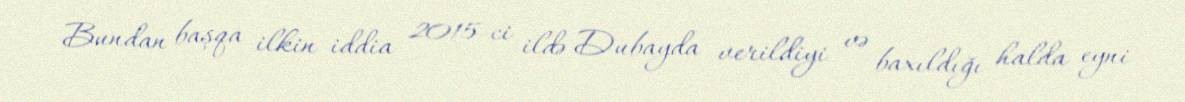
Bundan başqa ilkin iddia 2015-ci ildə Dubayda verildiyi və baxıldığı halda eyni